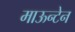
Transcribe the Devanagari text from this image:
माऊन्टेन